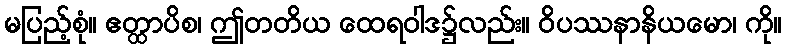
မပြည့်စုံ။ ဧတ္ထာပိစ၊ ဤတတိယ ထေရဝါဒ၌လည်း။ ဝိပဿနာနိယမော၊ ကို။